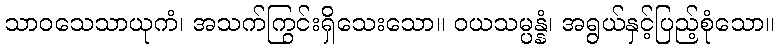
သာဝသေသာယုကံ၊ အသက်ကြွင်းရှိသေးသော။ ဝယသမ္ပန္နံ၊ အရွယ်နှင့်ပြည့်စုံသော။